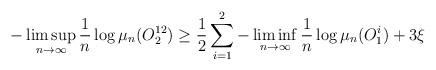
LaTeX: \begin{align*}-\limsup_{n \to \infty}\frac{1}{n}\log \mu_{n} (O_{2}^{12}) \geq \frac{1}{2} \sum_{i=1}^{2} -\liminf_{n \to \infty} \frac{1}{n}\log \mu_{n}(O^{i}_{1}) +3\xi \end{align*}